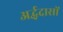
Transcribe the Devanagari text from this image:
अर्द्धदासों